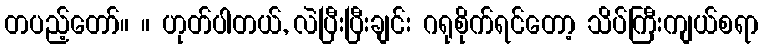
တပည့်တော်။ ။ ဟုတ်ပါတယ်, လဲပြီးပြီးချင်း ဂရုစိုက်ရင်တော့ သိပ်ကြီးကျယ်စရာ